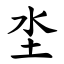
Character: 坔